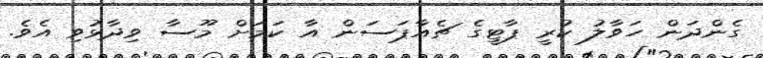
ގެންދަން ހަވާލު ކުރީ ޕާޓީގެ ޗެއާޕަސަން އާ ކަމަށް މޫސާ ވިދާޅުވި އެވެ.